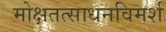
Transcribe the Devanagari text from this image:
मोक्षतत्साधनविमर्श